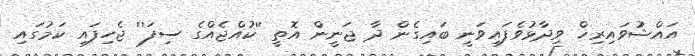
އައްޝުވައިރިޚް ވިދާޅުވެފައިވަނީ ބައިގެން ދާ ޖަނީން އޮތީ ''ކުއްޖެއްގެ ސިފަ'' ޖެހިފައި ކަމުގައި